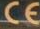
C E